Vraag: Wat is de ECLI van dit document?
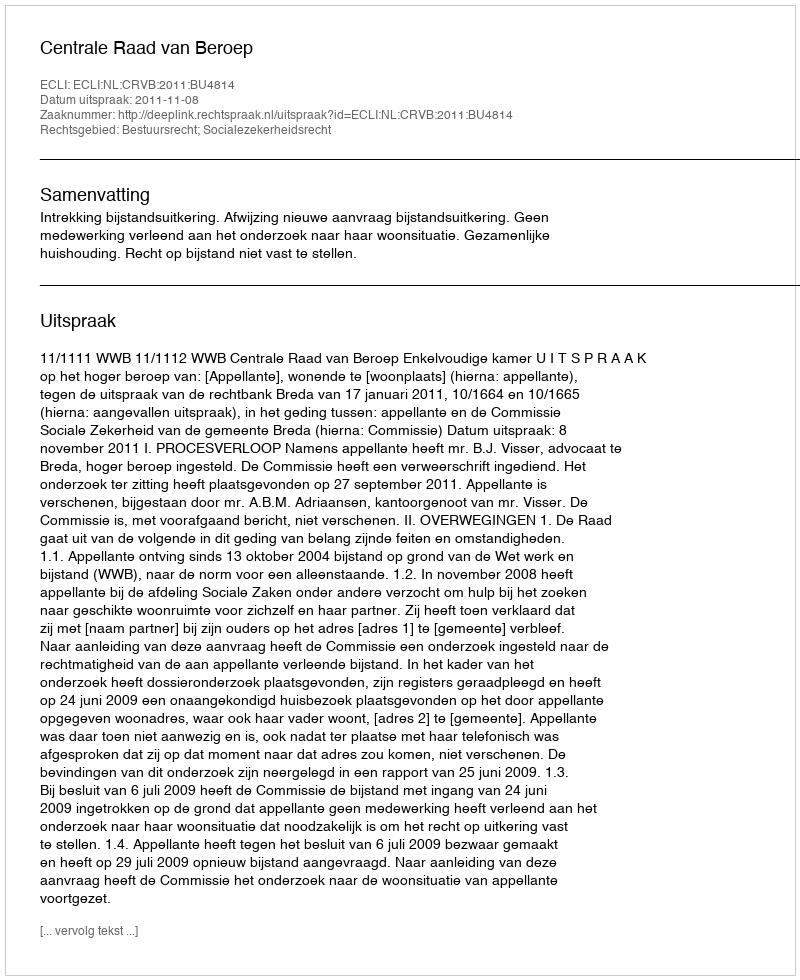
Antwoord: ECLI:NL:CRVB:2011:BU4814